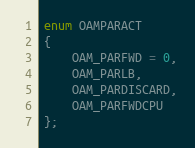
Language: C
enum OAMPARACT
{
    OAM_PARFWD = 0,
    OAM_PARLB,
    OAM_PARDISCARD,
    OAM_PARFWDCPU
};